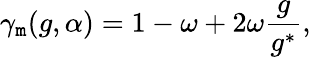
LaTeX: \gamma_{\mathtt{m}}(g,\alpha)=1-\omega+2\omega\frac{{g}}{{g^{*}}},